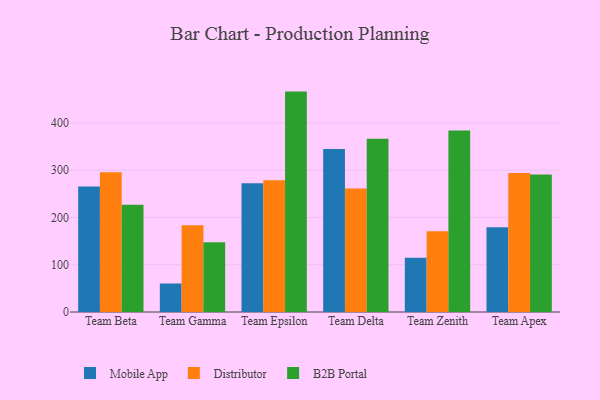
{"axis": {"x": "Team", "y": "Churn Rate (%)"}, "legend": ["B2B Portal", "Distributor", "Mobile App"], "data": [{"x": "Team Beta", "y": 265.6, "type": "Mobile App"}, {"x": "Team Beta", "y": 295.4, "type": "Distributor"}, {"x": "Team Beta", "y": 226.8, "type": "B2B Portal"}, {"x": "Team Gamma", "y": 60.3, "type": "Mobile App"}, {"x": "Team Gamma", "y": 183.4, "type": "Distributor"}, {"x": "Team Gamma", "y": 147.6, "type": "B2B Portal"}, {"x": "Team Epsilon", "y": 272.5, "type": "Mobile App"}, {"x": "Team Epsilon", "y": 278.5, "type": "Distributor"}, {"x": "Team Epsilon", "y": 466.2, "type": "B2B Portal"}, {"x": "Team Delta", "y": 344.8, "type": "Mobile App"}, {"x": "Team Delta", "y": 261.2, "type": "Distributor"}, {"x": "Team Delta", "y": 366.3, "type": "B2B Portal"}, {"x": "Team Zenith", "y": 114.8, "type": "Mobile App"}, {"x": "Team Zenith", "y": 170.9, "type": "Distributor"}, {"x": "Team Zenith", "y": 384.0, "type": "B2B Portal"}, {"x": "Team Apex", "y": 179.5, "type": "Mobile App"}, {"x": "Team Apex", "y": 294.0, "type": "Distributor"}, {"x": "Team Apex", "y": 290.7, "type": "B2B Portal"}]}